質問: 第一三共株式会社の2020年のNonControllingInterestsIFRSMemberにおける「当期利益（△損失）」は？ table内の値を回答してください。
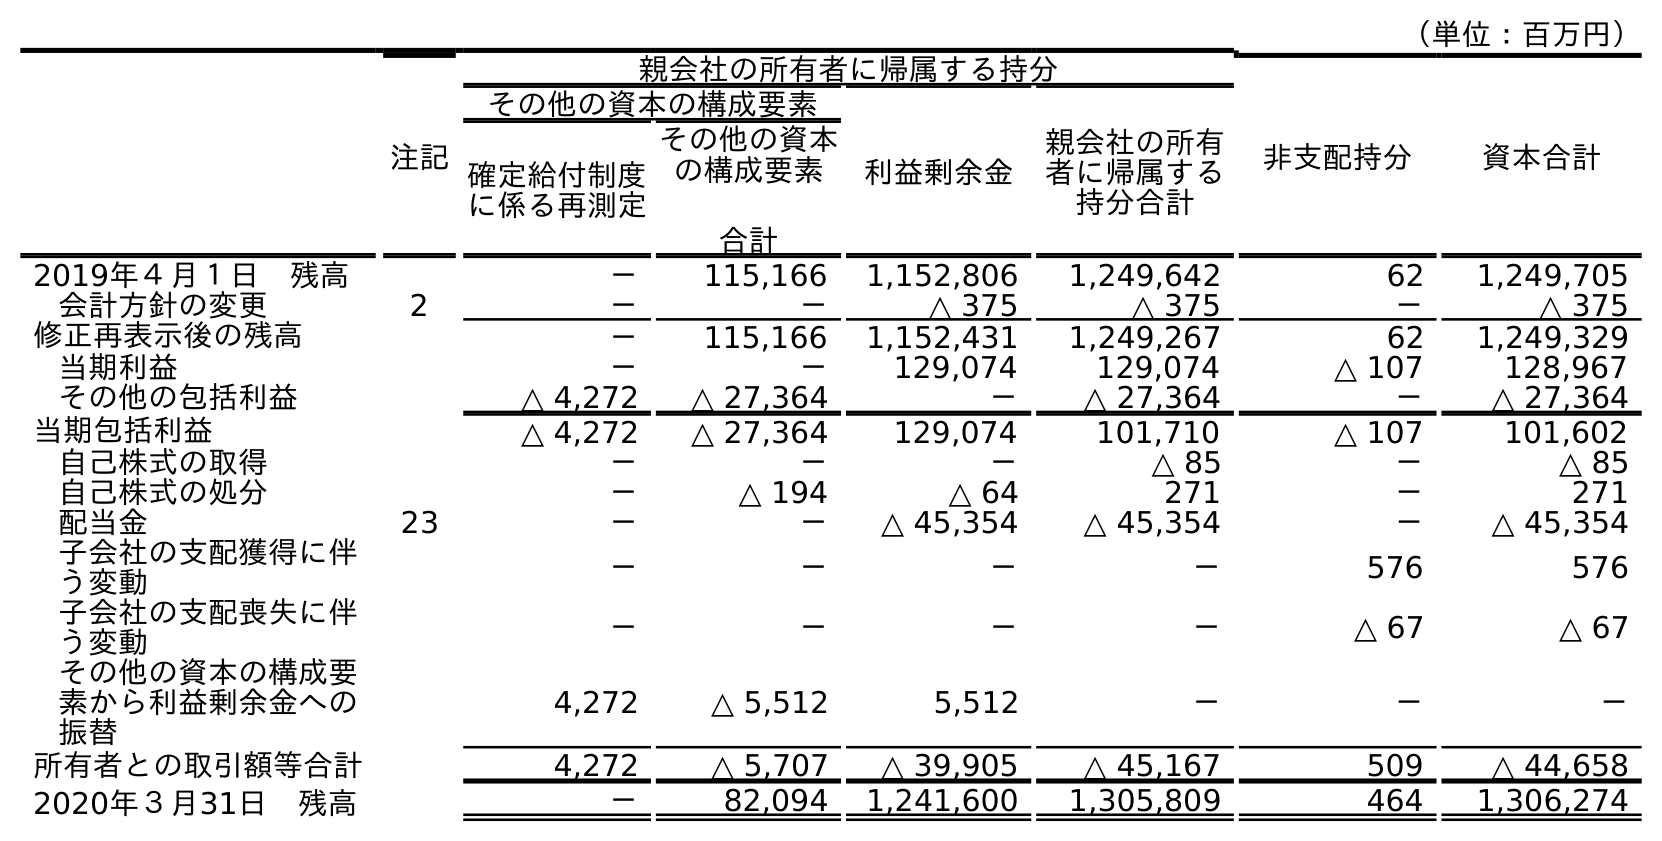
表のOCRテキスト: （単位：百万円） 注記 親会社の所有者に帰属する持分 非支配持分 資本合計 その他の資本の構成要素 利益剰余金 親会社の所有 者に帰属する 持分合計 確定給付制度 に係る再測定 その他の資本 の構成要素 合計 2019年４月１日 残高 － 115,166 1,152,806 1,249,642 62 1,249,705 会計方針の変更 2 － － △ 375 △ 375 － △ 375 修正再表示後の残高 － 115,166 1,152,431 1,249,267 62 1,249,329 当期利益 － － 129,074 129,074 △ 107 128,967 その他の包括利益 △ 4,272 △ 27,364 － △ 27,364 － △ 27,364 当期包括利益 △ 4,272 △ 27,364 129,074 101,710 △ 107 101,602 自己株式の取得 － － － △ 85 － △ 85 自己株式の処分 － △ 194 △ 64 271 － 271 配当金 23 － － △ 45,354 △ 45,354 － △ 45,354 子会社の支配獲得に伴 う変動 － － － － 576 576 子会社の支配喪失に伴 う変動 － － － － △ 67 △ 67 その他の資本の構成要 素から利益剰余金への 振替 4,272 △ 5,512 5,512 － － － 所有者との取引額等合計 4,272 △ 5,707 △ 39,905 △ 45,167 509 △ 44,658 2020年３月31日 残高 － 82,094 1,241,600 1,305,809 464 1,306,274
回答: △107